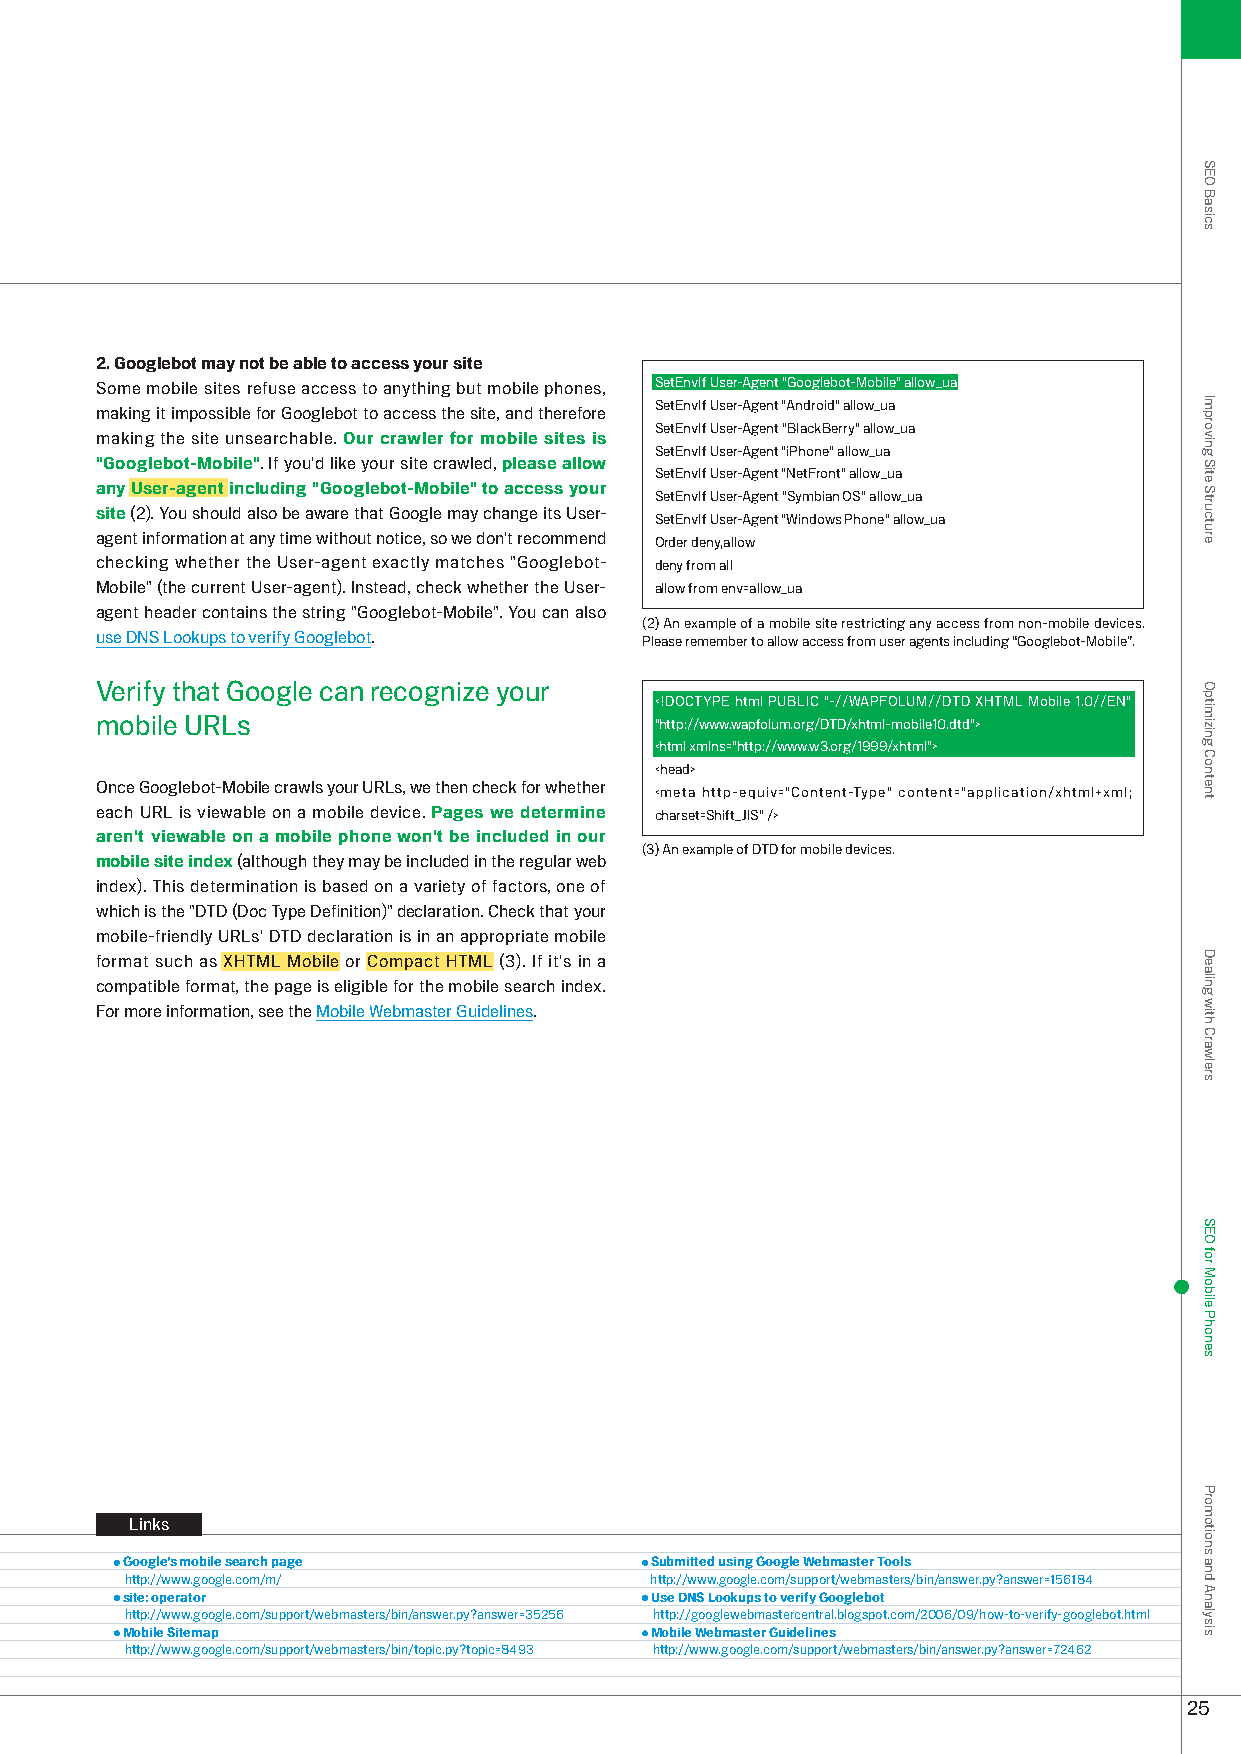
2. Googlebot may not be able to access your site
 Some mobile sites refuse access to anything but mobile phones, SetEnvIf User-Agent "Googlebot-Mobile" allow_ua
 SetEnvIf User-Agent "Android" allow_ua
 making it impossible for Googlebot to access the site, and therefore
 SetEnvIf User-Agent "BlackBerry" allow_ua
 making the site unsearchable. Our crawler for mobile sites is
 SetEnvIf User-Agent "iPhone" allow_ua
 "Googlebot-Mobile". If you'd like your site crawled, please allow
 SetEnvIf User-Agent "NetFront" allow_ua
 any User-agent including "Googlebot-Mobile" to access your SetEnvIf User-Agent "Symbian OS" allow_ua
 site (). You should also be aware that Google may change its User-
 SetEnvIf User-Agent "Windows Phone" allow_ua
 agent information at any time without notice, so we don't recommend Order deny,allow
 checking whether the User-agent exactly matches "Googlebot- deny from all
 Mobile" (the current User-agent). Instead, check whether the User- allow from env=allow_ua
 agent header contains the string "Googlebot-Mobile". You can also
 () An example of a mobile site restricting any access from non-mobile devices.
 use DNS Lookups to verify Googlebot. Please remember to allow access from user agents including “Googlebot-Mobile”.
 Verify that Google can recognize your
 <!DOCTYPE html PUBLIC "-//WAPFOLUM//DTD XHTML Mobile 1.0//EN"
 mobile URLs                          "http://www.wapfolum.org/DTD/xhtml-mobile10.dtd">
 <html xmlns="http://www.w.org/1999/xhtml">
 <head>
 Once Googlebot-Mobile crawls your URLs, we then check for whether
 <meta http-equiv="Content-Type" content="application/xhtml+xml;
 each URL is viewable on a mobile device. Pages we determine charset=Shift_JIS" />
 aren't viewable on a mobile phone won't be included in our
 () An example of DTD for mobile devices.
 mobile site index (although they may be included in the regular web
 index). This determination is based on a variety of factors, one of
 which is the "DTD (Doc Type Definition)" declaration. Check that your
 mobile-friendly URLs' DTD declaration is in an appropriate mobile
 format such as XHTML Mobile or Compact HTML (). If it's in a
 compatible format, the page is eligible for the mobile search index.
 For more information, see the Mobile Webmaster Guidelines.
 Links
 Google’s mobile search page        Submitted using Google Webmaster Tools
 http://www.google.com/m/           http://www.google.com/support/webmasters/bin/answer.py?answer=156184
 site: operator                     Use DNS Lookups to verify Googlebot
 http://www.google.com/support/webmasters/bin/answer.py?answer=556 http://googlewebmastercentral.blogspot.com/006/09/how-to-verify-googlebot.html
 Mobile Sitemap                     Mobile Webmaster Guidelines
 http://www.google.com/support/webmasters/bin/topic.py?topic=849 http://www.google.com/support/webmasters/bin/answer.py?answer=746
 5
 SEO
 Basics
 Improving
 Site
 Structure
 Optimizing
 Content
 Dealing
 with
 Crawlers
 SEO
 for
 Mobile
 Phones
 Promotions
 and
 Analysis